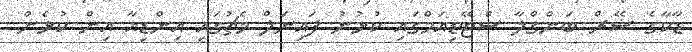
ޑާކާގެ ޝޭރް ބަންގްލާ ސްޓޭޑިއަމްގައި ކުޅުނު ފައިނަލް މެޗުގައި އިންޑިއާ އިން ކުޅެން